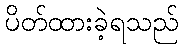
ပိတ်ထားခဲ့ရသည်